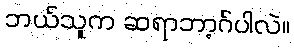
ဘယ်သူက ဆရာဘာ့ဂ်ပါလဲ။